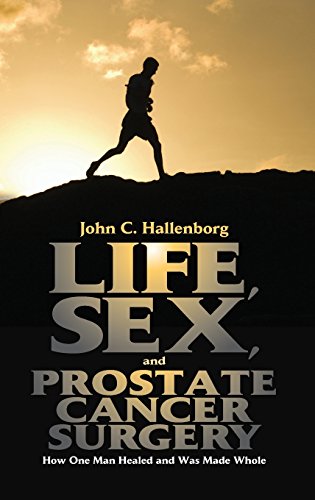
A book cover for Life, Sex, and Prostate Cancer Surgery: How One Man Healed and Was Made Whole; John C. Hallenborg; Health, Fitness & Dieting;